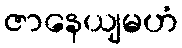
ဇာနေယျမဟံ